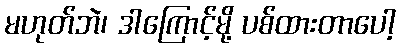
မဟုတ်ဘဲ၊ ဒါကြောင့်မို့ ပစ်ထားတာပေါ့